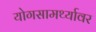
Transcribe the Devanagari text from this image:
योगसामर्थ्यावर